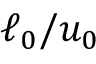
\ell _ { 0 } / u _ { 0 }